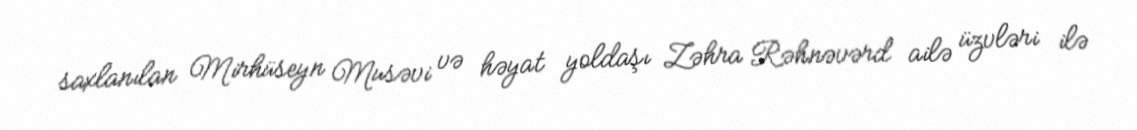
saxlanılan Mirhüseyn Musəvi və həyat yoldaşı Zəhra Rəhnəvərd ailə üzvləri ilə